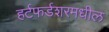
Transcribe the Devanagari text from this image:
हर्टफर्डशरमधील